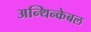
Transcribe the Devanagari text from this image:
अन्थिन्केबल